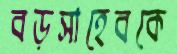
বড়সাহেবকে